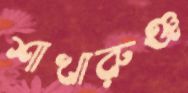
শাখারুঞ্জ